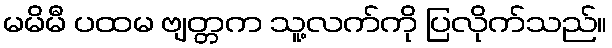
မမိမီ ပထမ ဗျတ္တက သူ့လက်ကို ပြလိုက်သည်။